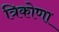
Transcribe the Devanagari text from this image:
त्रिकोणा